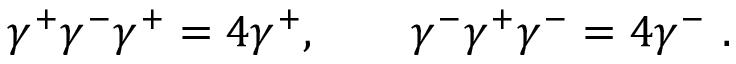
\gamma ^ { + } \gamma ^ { - } \gamma ^ { + } = 4 \gamma ^ { + } , \qquad \gamma ^ { - } \gamma ^ { + } \gamma ^ { - } = 4 \gamma ^ { - } \ .